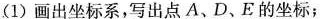
(1) 画出坐标系，写出点A、D、E的坐标；